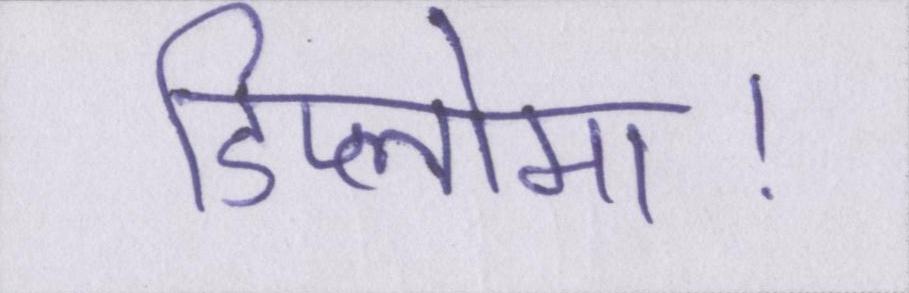
डिप्लोमा